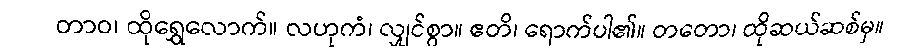
တာဝ၊ ထိုရွှေလောက်။ လဟုကံ၊ လျှင်စွာ။ ဧတိ၊ ရောက်ပါ၏။ တတော၊ ထိုဆယ်ဆစ်မှ။